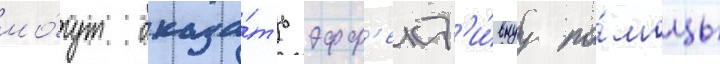
мо́гут оказа́ть эфф'ект'и́внуу по́мощь